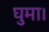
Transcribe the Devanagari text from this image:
घुमा।